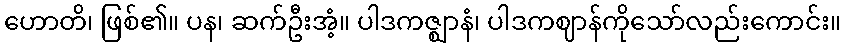
ဟောတိ၊ ဖြစ်၏။ ပန၊ ဆက်ဦးအံ့။ ပါဒကဇ္ဈာနံ၊ ပါဒကဈာန်ကိုသော်လည်းကောင်း။